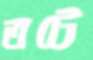
তটে